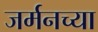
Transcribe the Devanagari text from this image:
जर्मनच्या